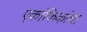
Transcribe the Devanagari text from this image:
एकांकिकांचा